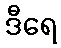
ဒီရေ